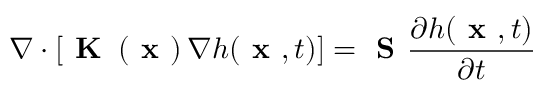
\nabla \cdot \left[ \textbf { K } \left( \textbf { x } \right) \nabla h ( \textbf { x } , t ) \right] = \textbf { S } \frac { \partial h ( \textbf { x } , t ) } { \partial t }